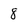
Character: 8